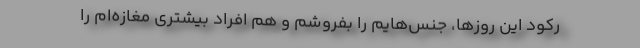
رکود این روزها، جنس‌هایم را بفروشم و هم افراد بیشتری مغازه‌ام را